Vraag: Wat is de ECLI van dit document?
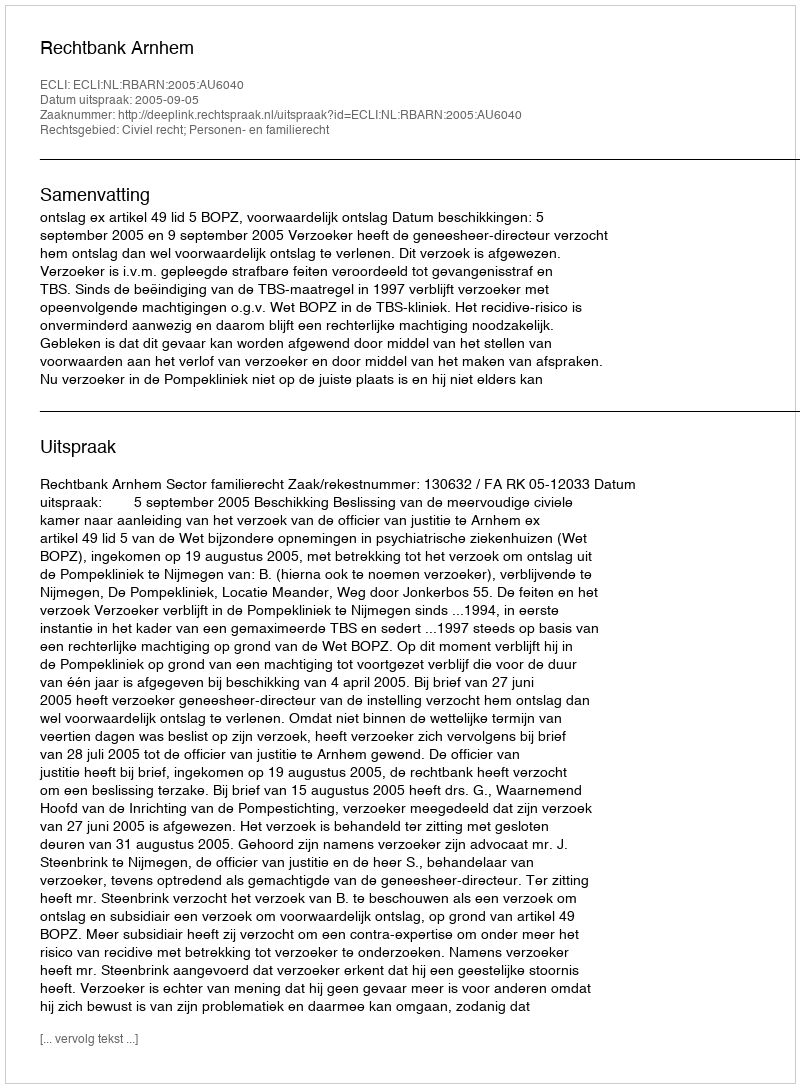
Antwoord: ECLI:NL:RBARN:2005:AU6040